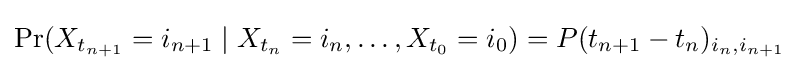
\Pr(X_{t_{n+1}}=i_{n+1}\mid X_{t_{n}}=i_{n},\dots ,X_{t_{0}}=i_{0})=P(t_{n+1}-t_{n})_{i_{n},i_{n+1}}